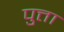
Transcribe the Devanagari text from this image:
पुत्ता